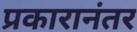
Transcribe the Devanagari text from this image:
प्रकारानंतर